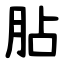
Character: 胋